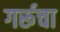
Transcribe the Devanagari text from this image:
गर्रूचा